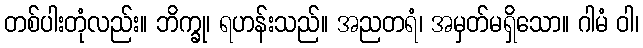
တစ်ပါးတုံလည်း။ ဘိက္ခု၊ ရဟန်းသည်။ အညတရံ၊ အမှတ်မရှိသော။ ဂါမံ ဝါ၊